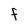
Character: F